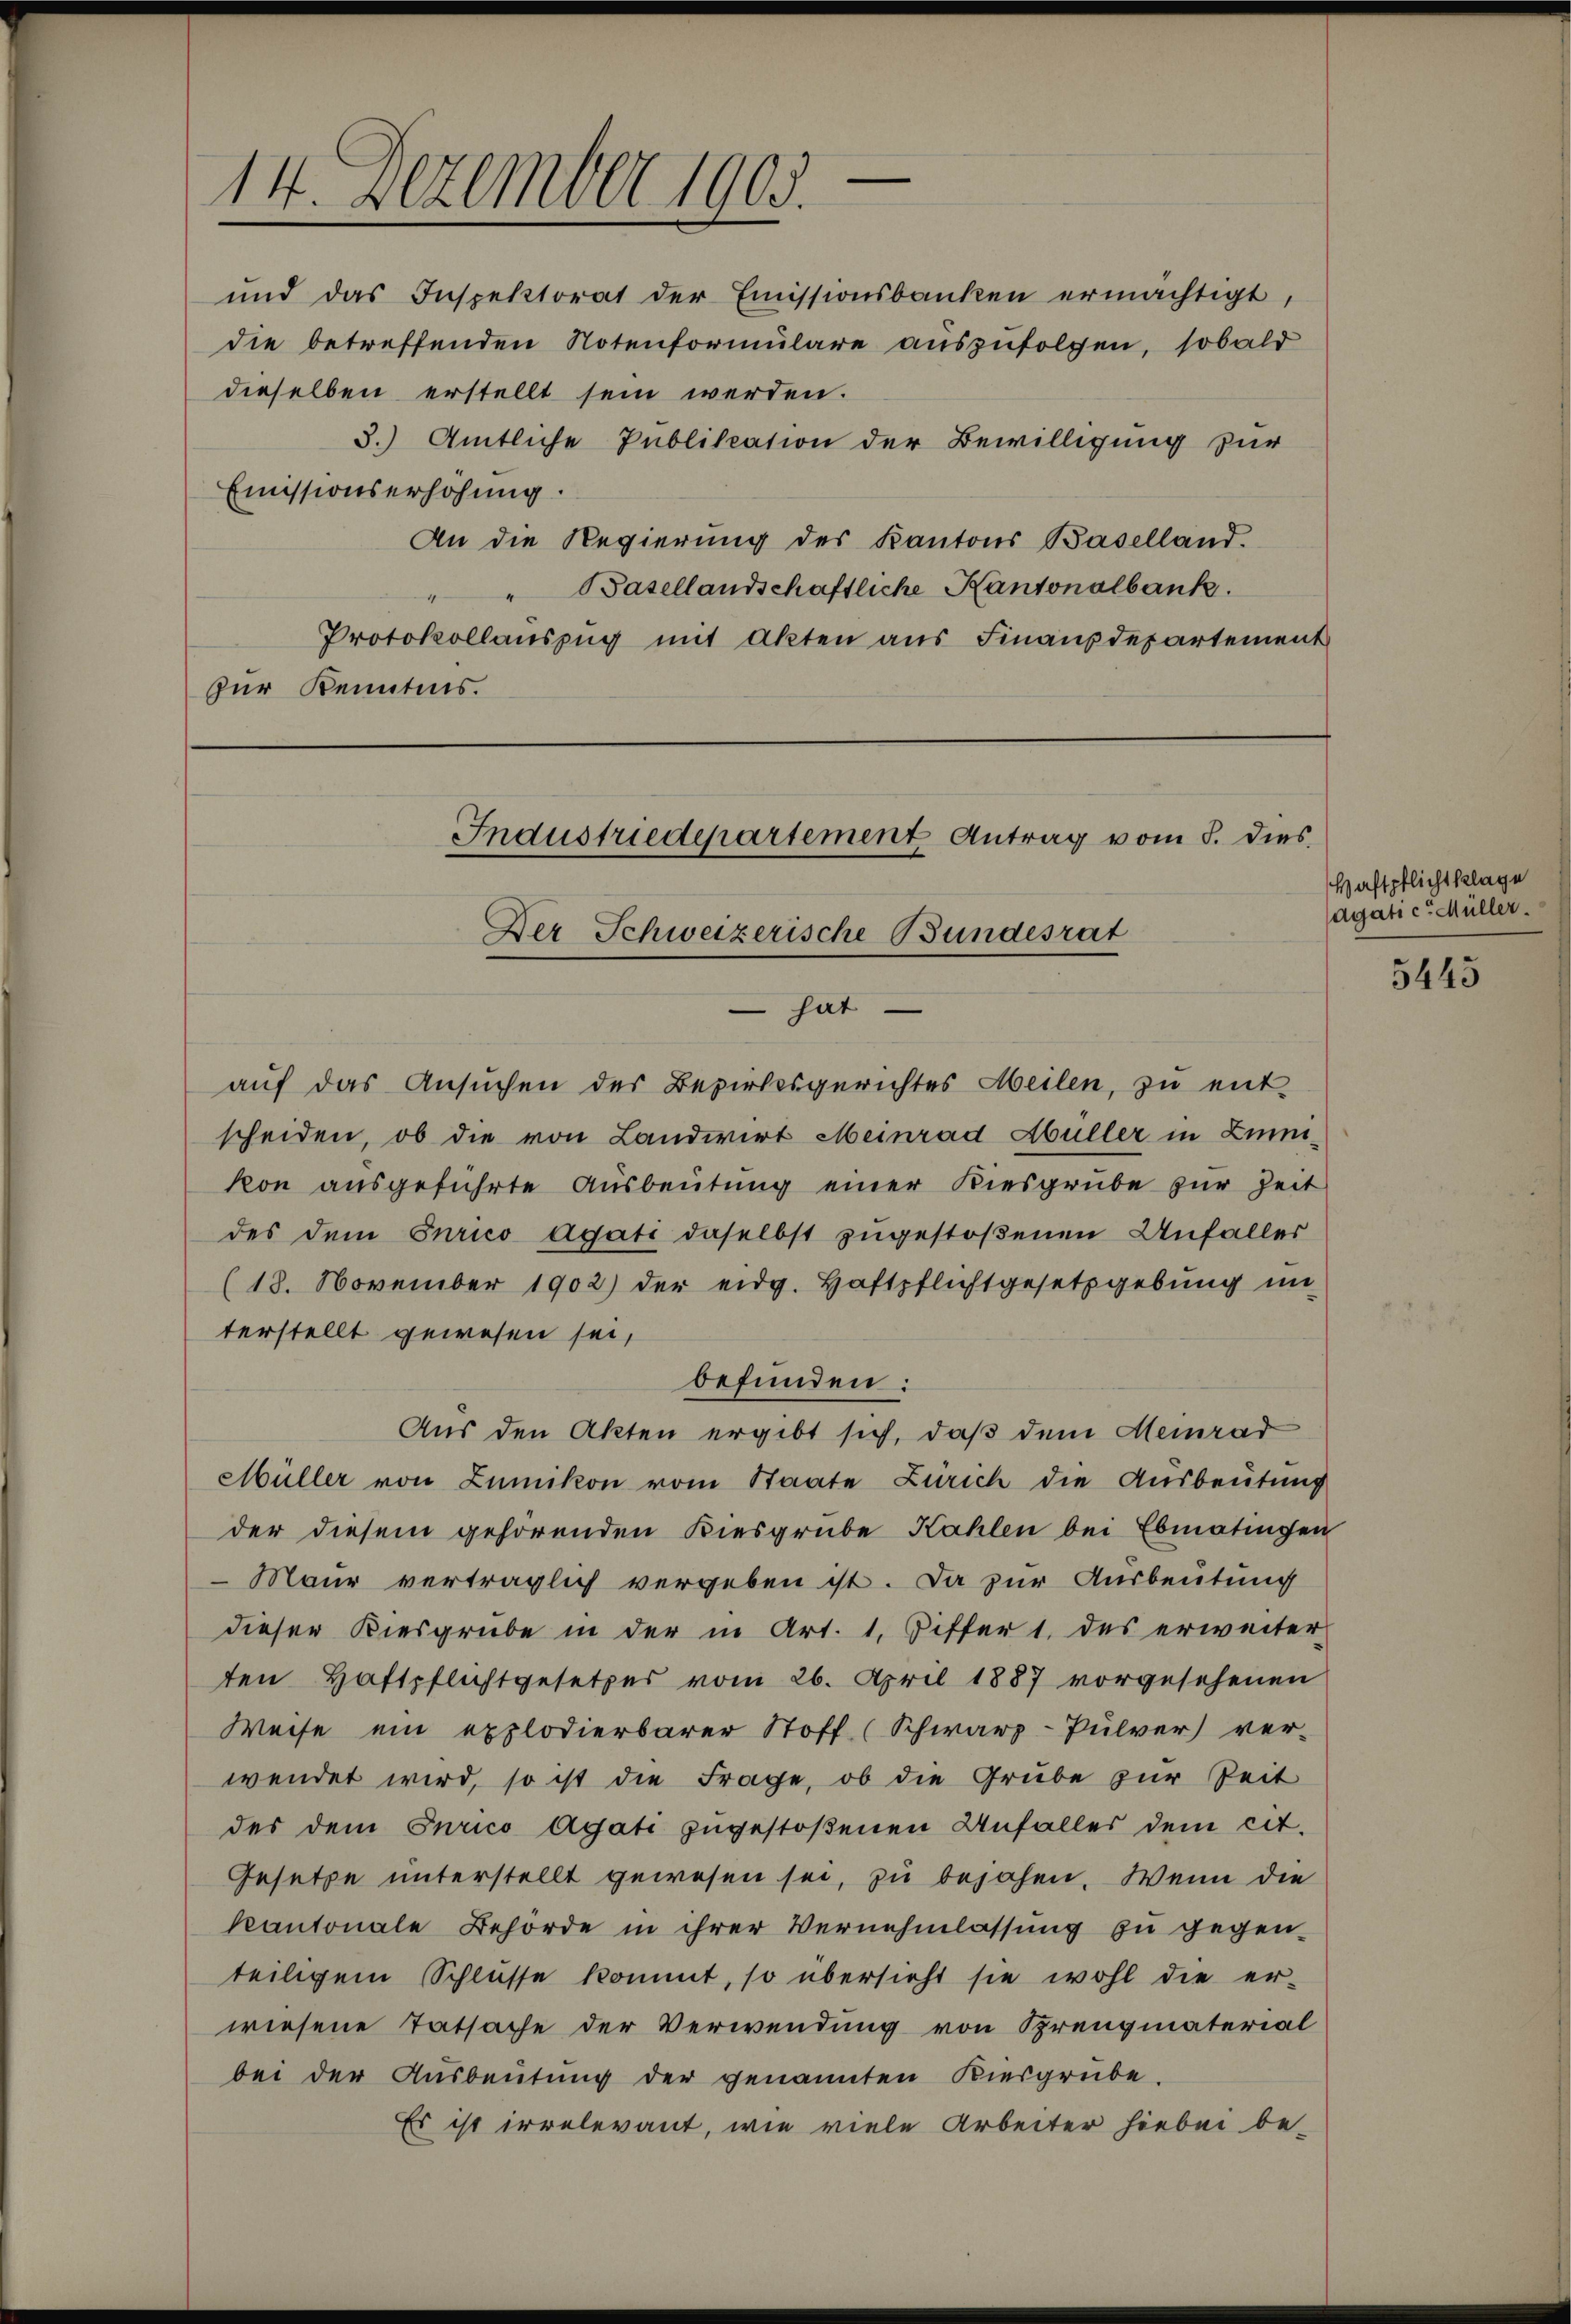
und das Inspektorat der Emissionsbanken ermächtigt,
die betreffenden Notenformŭlare aŭszŭfolgen, sobald
dieselben erstellt sein werden.
3.) Amtliche Publikation der Bewilligung zur
Emissionserhöhung.
An die Regierung des Kantons Baselland.
Basellandschaftliche Kantonalbank.
“
Protokollauszug mit Akten aus Finanzdepartement
zur Kenntnis.

14. Dezember 1905.

Industriedepartement Antrag vom 5. dies
Der Schweizerische Bundesrat
 hat

auf das Ansuchen des Bezirksgerichtes Meilen, zu ent-
scheiden, ob die von Landwirt Meinrad Abüller in Zimkon ausgeführte Ausbeutung einer Kiesgrube zur Zeit
des dem Purico agati daselbst zugestoßenen Unfaller
(18. November 1902) der eidg. Haftpflichtgesetzgebung in
terstellt gewesen sei,
befunden:
Aus den Akten ergibt sich, daß dem Meinrad
Müller von Zumikon vom Staate Zürich die Ausbeutung
der diesem gehörenden Kiesgrube Kahlen bei Ebmatingen
Maur verträglich vergeben ist. Da zur Ausbeutung
dieser Kiesgrube in der in Art. 1, Ziffer 1. des erweiter
ten Haftpflichtgesetzes vom 26. April 1887 vorgesehenen
Weise ein explodierbarer Stoff (Schwarz-Pulver) ver-
wendet wird, so ist die Frage, ob die Grube zur Zeit
des dem Turico Agati zugestoßenen Unfalles dem cit.
Gesetze unterstellt gewesen sei, zu bejahen. Wenn die
kantonale Behörde in ihrer Vernehmlassŭng zu gegen-
teiligem Schlüsse kommt, so übersieht sie wohl die er-
wiesene Tatsache der Verwendung von Kreugmaterial
bei der Ausbeutung der genannten Kiesgrube.
Es ist irrelevant, wie viele Arbeiter hiebei be-

Haftpflicht klage
agati c. Müller.

5445